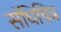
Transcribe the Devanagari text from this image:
संधिचित्र